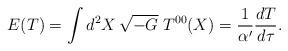
LaTeX: \begin{align*}E(T)=\int d^2X\,\sqrt{-G}\;T^{00}(X)=\frac{1}{\alpha'}\frac{dT}{d\tau}.\end{align*}